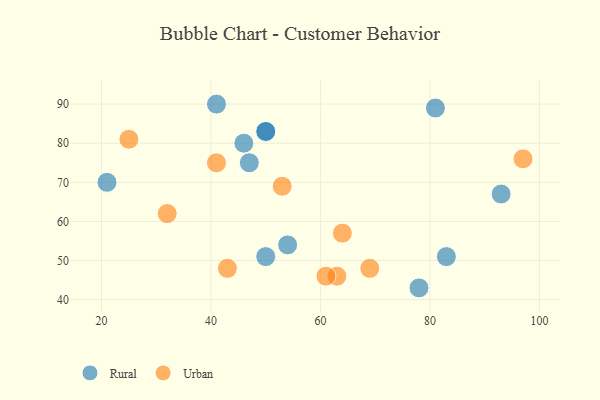
{"axis": {"x": "GDP", "y": "Life Expectancy"}, "legend": ["Rural", "Urban"], "data": [{"x": "21", "y": 70, "type": "Rural"}, {"x": "50", "y": 83, "type": "Rural"}, {"x": "78", "y": 43, "type": "Rural"}, {"x": "81", "y": 89, "type": "Rural"}, {"x": "50", "y": 51, "type": "Rural"}, {"x": "93", "y": 67, "type": "Rural"}, {"x": "54", "y": 54, "type": "Rural"}, {"x": "47", "y": 75, "type": "Rural"}, {"x": "46", "y": 80, "type": "Rural"}, {"x": "41", "y": 90, "type": "Rural"}, {"x": "83", "y": 51, "type": "Rural"}, {"x": "50", "y": 83, "type": "Rural"}, {"x": "32", "y": 62, "type": "Urban"}, {"x": "63", "y": 46, "type": "Urban"}, {"x": "25", "y": 81, "type": "Urban"}, {"x": "43", "y": 48, "type": "Urban"}, {"x": "64", "y": 57, "type": "Urban"}, {"x": "41", "y": 75, "type": "Urban"}, {"x": "69", "y": 48, "type": "Urban"}, {"x": "53", "y": 69, "type": "Urban"}, {"x": "97", "y": 76, "type": "Urban"}, {"x": "61", "y": 46, "type": "Urban"}]}